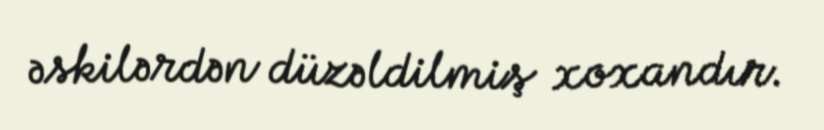
əskilərdən düzəldilmiş xoxandır.